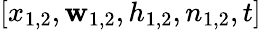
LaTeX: [x_{1,2},\mathbf{w}_{1,2},h_{1,2},n_{1,2},t]